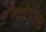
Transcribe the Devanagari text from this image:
बँक्टेरीअल